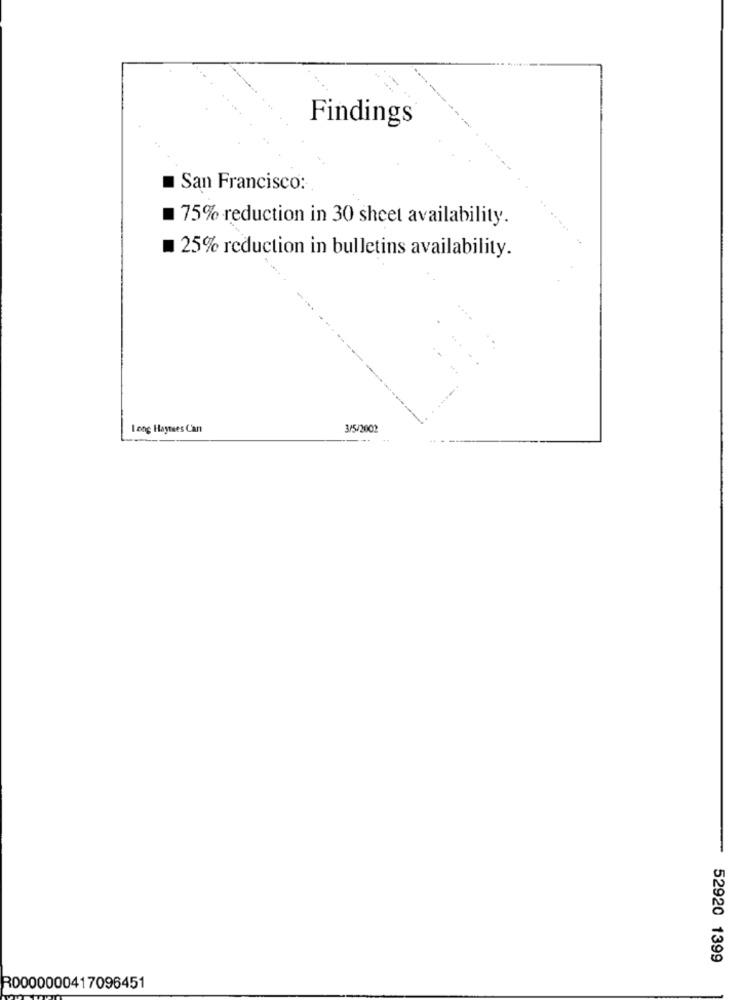
Findings
San Francisco:
75% reduction in 30 sheet availability.
25% reduction in bulletins availability.
Long Haynes Can
3/5/2002
52920 1399
R0000000417096451